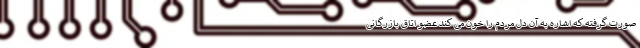
صورت گرفته که اشاره به آن دل مردم را خون می کند عضو اتاق بازرگانی